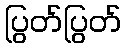
ပြွတ်ပြွတ်